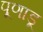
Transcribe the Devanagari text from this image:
पूणाडू